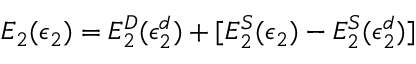
E _ { 2 } ( \epsilon _ { 2 } ) = E _ { 2 } ^ { D } ( \epsilon _ { 2 } ^ { d } ) + [ E _ { 2 } ^ { S } ( \epsilon _ { 2 } ) - E _ { 2 } ^ { S } ( \epsilon _ { 2 } ^ { d } ) ]